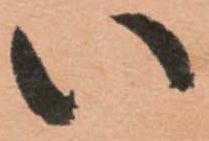
い